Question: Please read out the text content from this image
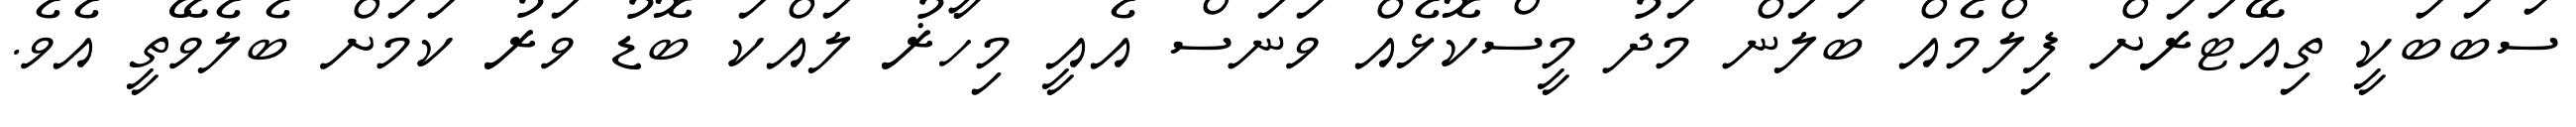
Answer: ސަބަބަކީ ތިއޭޓަރަށް ފިލްމެއް ބަލަން މަދު މީސްކޮޅެއް ވަނަސް އެއީ މިހާޜު ލައްކަ ބޮޑު ވަރު ކަމަށް ބެލެވޭތީ އެވެ.